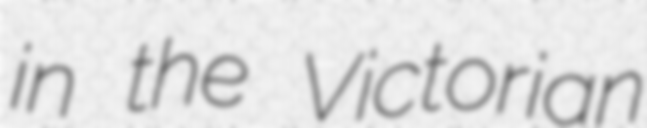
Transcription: in the Victorian